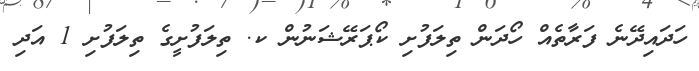
ހަދައިދޭނެ ފަރާތެއް ހޯދަން ތިލަފުށި ކޯޕަރޭޝަނުން ކ. ތިލަފުށީގެ ތިލަފުށި 1 އަދި